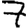
Digit: 7